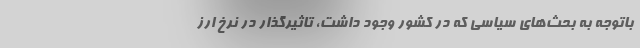
باتوجه به بحث‌های سیاسی که در کشور وجود داشت، تاثیرگذار در نرخ ارز